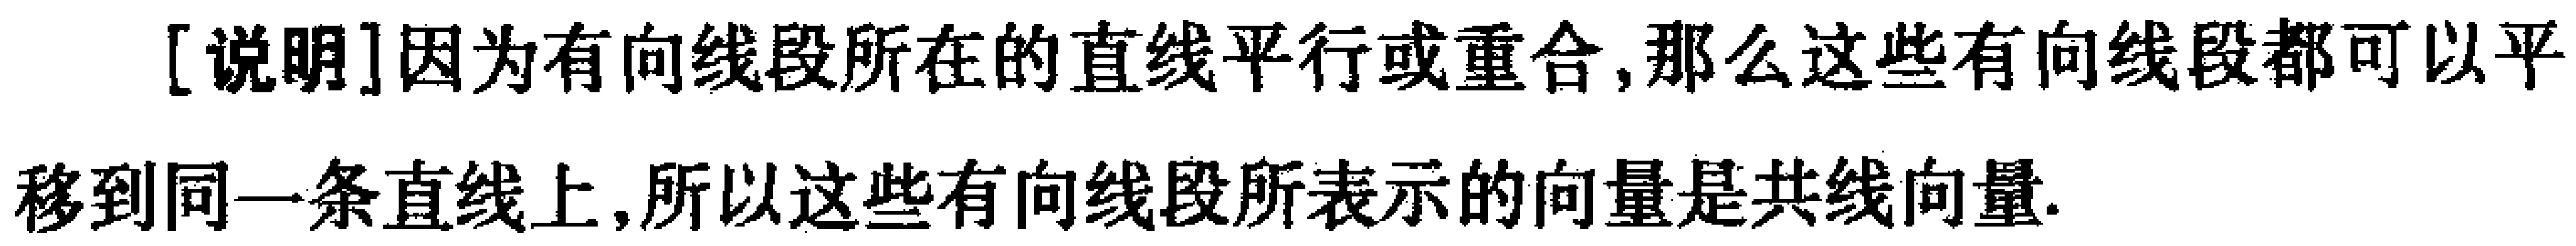
[说明]因为有向线段所在的直线平行或重合,那么这些有向线段都可以平移到同一条直线上,所以这些有向线段所表示的向量是共线向量.